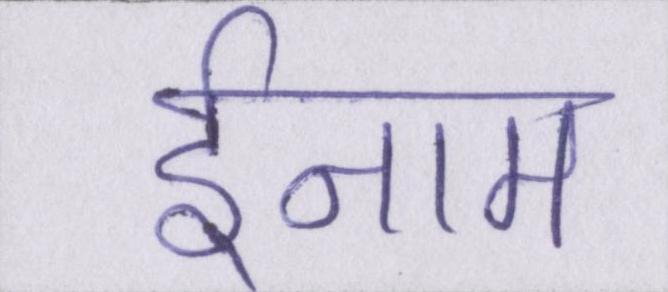
ईनाम